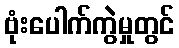
ဗုံးပေါက်ကွဲမှုတွင်